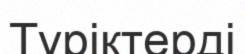
Түріктерді